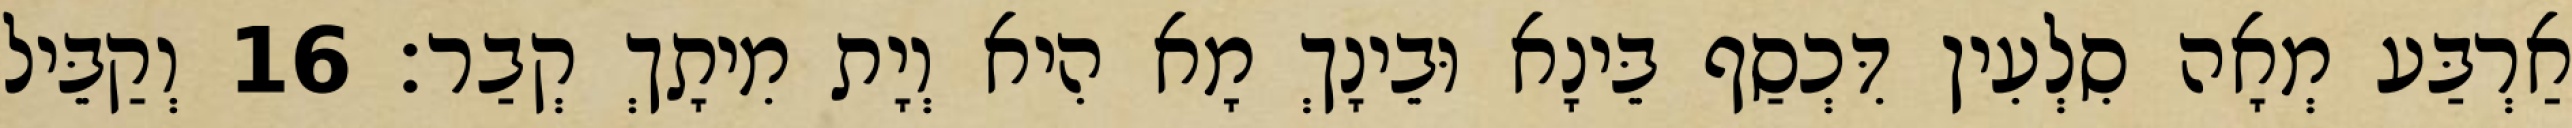
אַרְבַּע מְאָה סִלְעִין דִּכְסַף בֵּינָא וּבֵינָךְ מָא הִיא וְיָת מִיתָךְ קְבַר׃ 16 וְקַבֵּיל